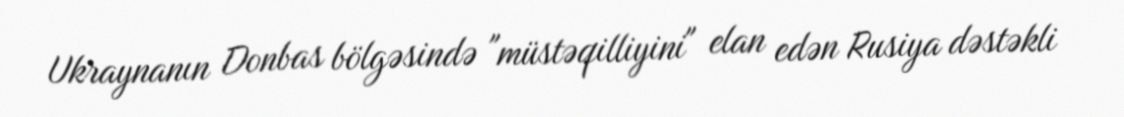
Ukraynanın Donbas bölgəsində "müstəqilliyini" elan edən Rusiya dəstəkli